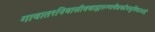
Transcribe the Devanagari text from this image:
गावात१निवासीवबाह्यरुग्णवैद्यकीयसुविधाआहे